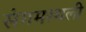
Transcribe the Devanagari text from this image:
संगमस्थली